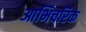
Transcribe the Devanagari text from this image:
आभिचरिक